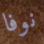
نوفا